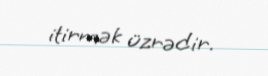
itirmək üzrədir.